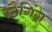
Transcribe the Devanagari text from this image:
स्टैगिंग